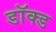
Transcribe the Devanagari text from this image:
डॉक्ड